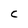
Character: C